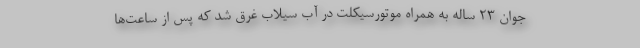
جوان 23 ساله به همراه موتورسیکلت در آب سیلاب غرق شد که پس از ساعت‌ها